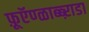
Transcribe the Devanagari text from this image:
फ़ूऍण्ळाब्ब्ऱाडा